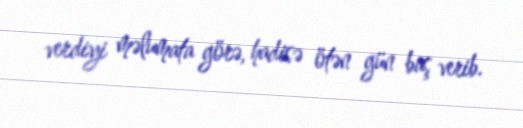
verdiyi məlumata görə, hadisə ötən gün baş verib.